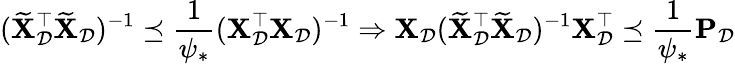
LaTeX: (\widetilde{\mathbf{X}}_{\mathcal{D}}^{\top}\widetilde{\mathbf{X}}_{\mathcal{D}})^{-1}\preceq\frac{1}{\psi_{*}}(\mathbf{X}_{\mathcal{D}}^{\top}\mathbf{X}_{\mathcal{D}})^{-1}\Rightarrow\mathbf{X}_{\mathcal{D}}(\widetilde{\mathbf{X}}_{\mathcal{D}}^{\top}\widetilde{\mathbf{X}}_{\mathcal{D}})^{-1}\mathbf{X}_{\mathcal{D}}^{\top}\preceq\frac{1}{\psi_{*}}\mathbf{P}_{\mathcal{D}}